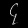
Digit: ၄